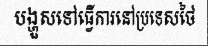
បង្ហួសទៅធ្វើការនៅប្រទេសថៃ